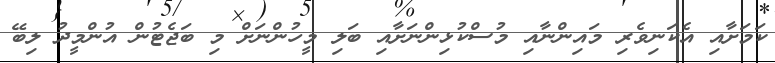
ކަމަށާއި އެކަނިވެރި މައިންނާއި މުސްކުޅިންނަށާއި ބަލި މީހުންނަށް މި ބަޖެޓުން އުންމީދު ލިބޭ